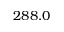
2 8 8 . 0